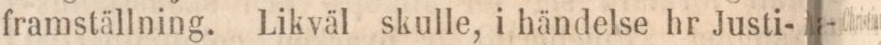
framställning. Likväl skulle, i händelse hr Justi-